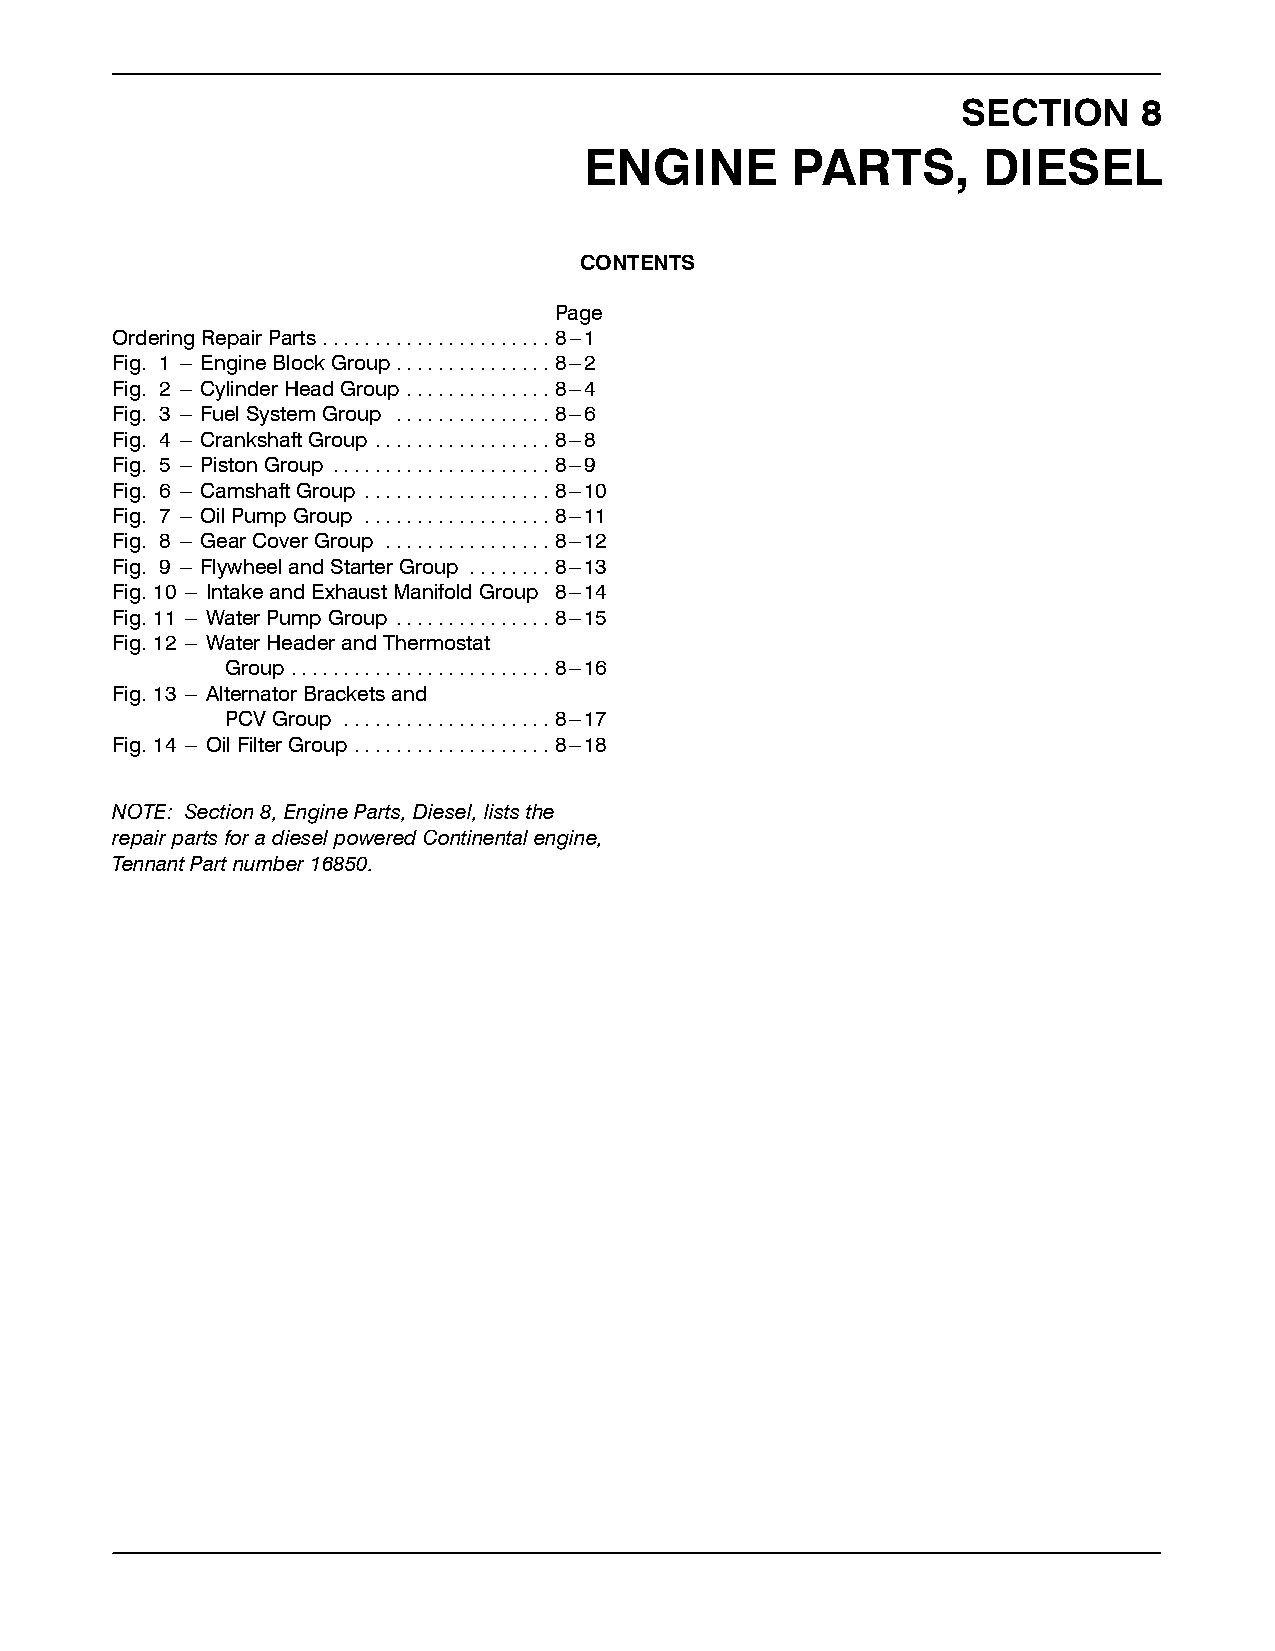
SECTION     8
 ENGINE       PARTS,       DIESEL
 CONTENTS
 Page
 OrderingRepairParts ......................8---1
 Fig. 1 --- EngineBlockGroup...............8---2
 Fig. 2 --- CylinderHeadGroup ..............8---4
 Fig. 3 --- FuelSystemGroup ...............8---6
 Fig. 4 --- CrankshaftGroup .................8---8
 Fig. 5 --- PistonGroup .....................8---9
 Fig. 6 --- CamshaftGroup ..................8---10
 Fig. 7 --- OilPumpGroup ..................8---11
 Fig. 8 --- GearCoverGroup ................8---12
 Fig. 9 --- FlywheelandStarterGroup ........8---13
 Fig.10 --- IntakeandExhaustManifoldGroup 8---14
 Fig.11 --- WaterPumpGroup ...............8---15
 Fig.12 --- WaterHeaderandThermostat
 Group .........................8---16
 Fig.13 --- AlternatorBracketsand
 PCVGroup ....................8---17
 Fig.14 --- OilFilterGroup...................8---18
 NOTE: Section8,EngineParts,Diesel,liststhe
 repairpartsforadieselpoweredContinentalengine,
 TennantPartnumber16850.